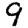
Digit: 9